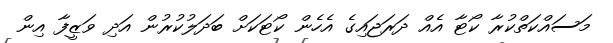
މަސައްކަތްކުރާ ކޯޓާ އެއް ދަރަޖައިގެ އެހެން ކޯޓަކަށް ބަދަލުކުރުން އަދި ވަޒީފާ އިން